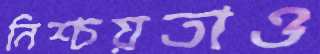
নিশ্চয়তাও